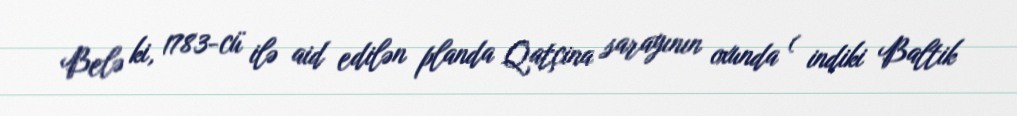
Belə ki, 1783-cü ilə aid edilən planda Qatçina sarayının oxunda ( indiki Baltik